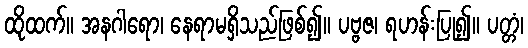
ထိုထက်။ အနဂါရော၊ နေရာမရှိသည်ဖြစ်၍။ ပဗ္ဗဇ၊ ရဟန်းပြု၍။ ပတ္တံ၊